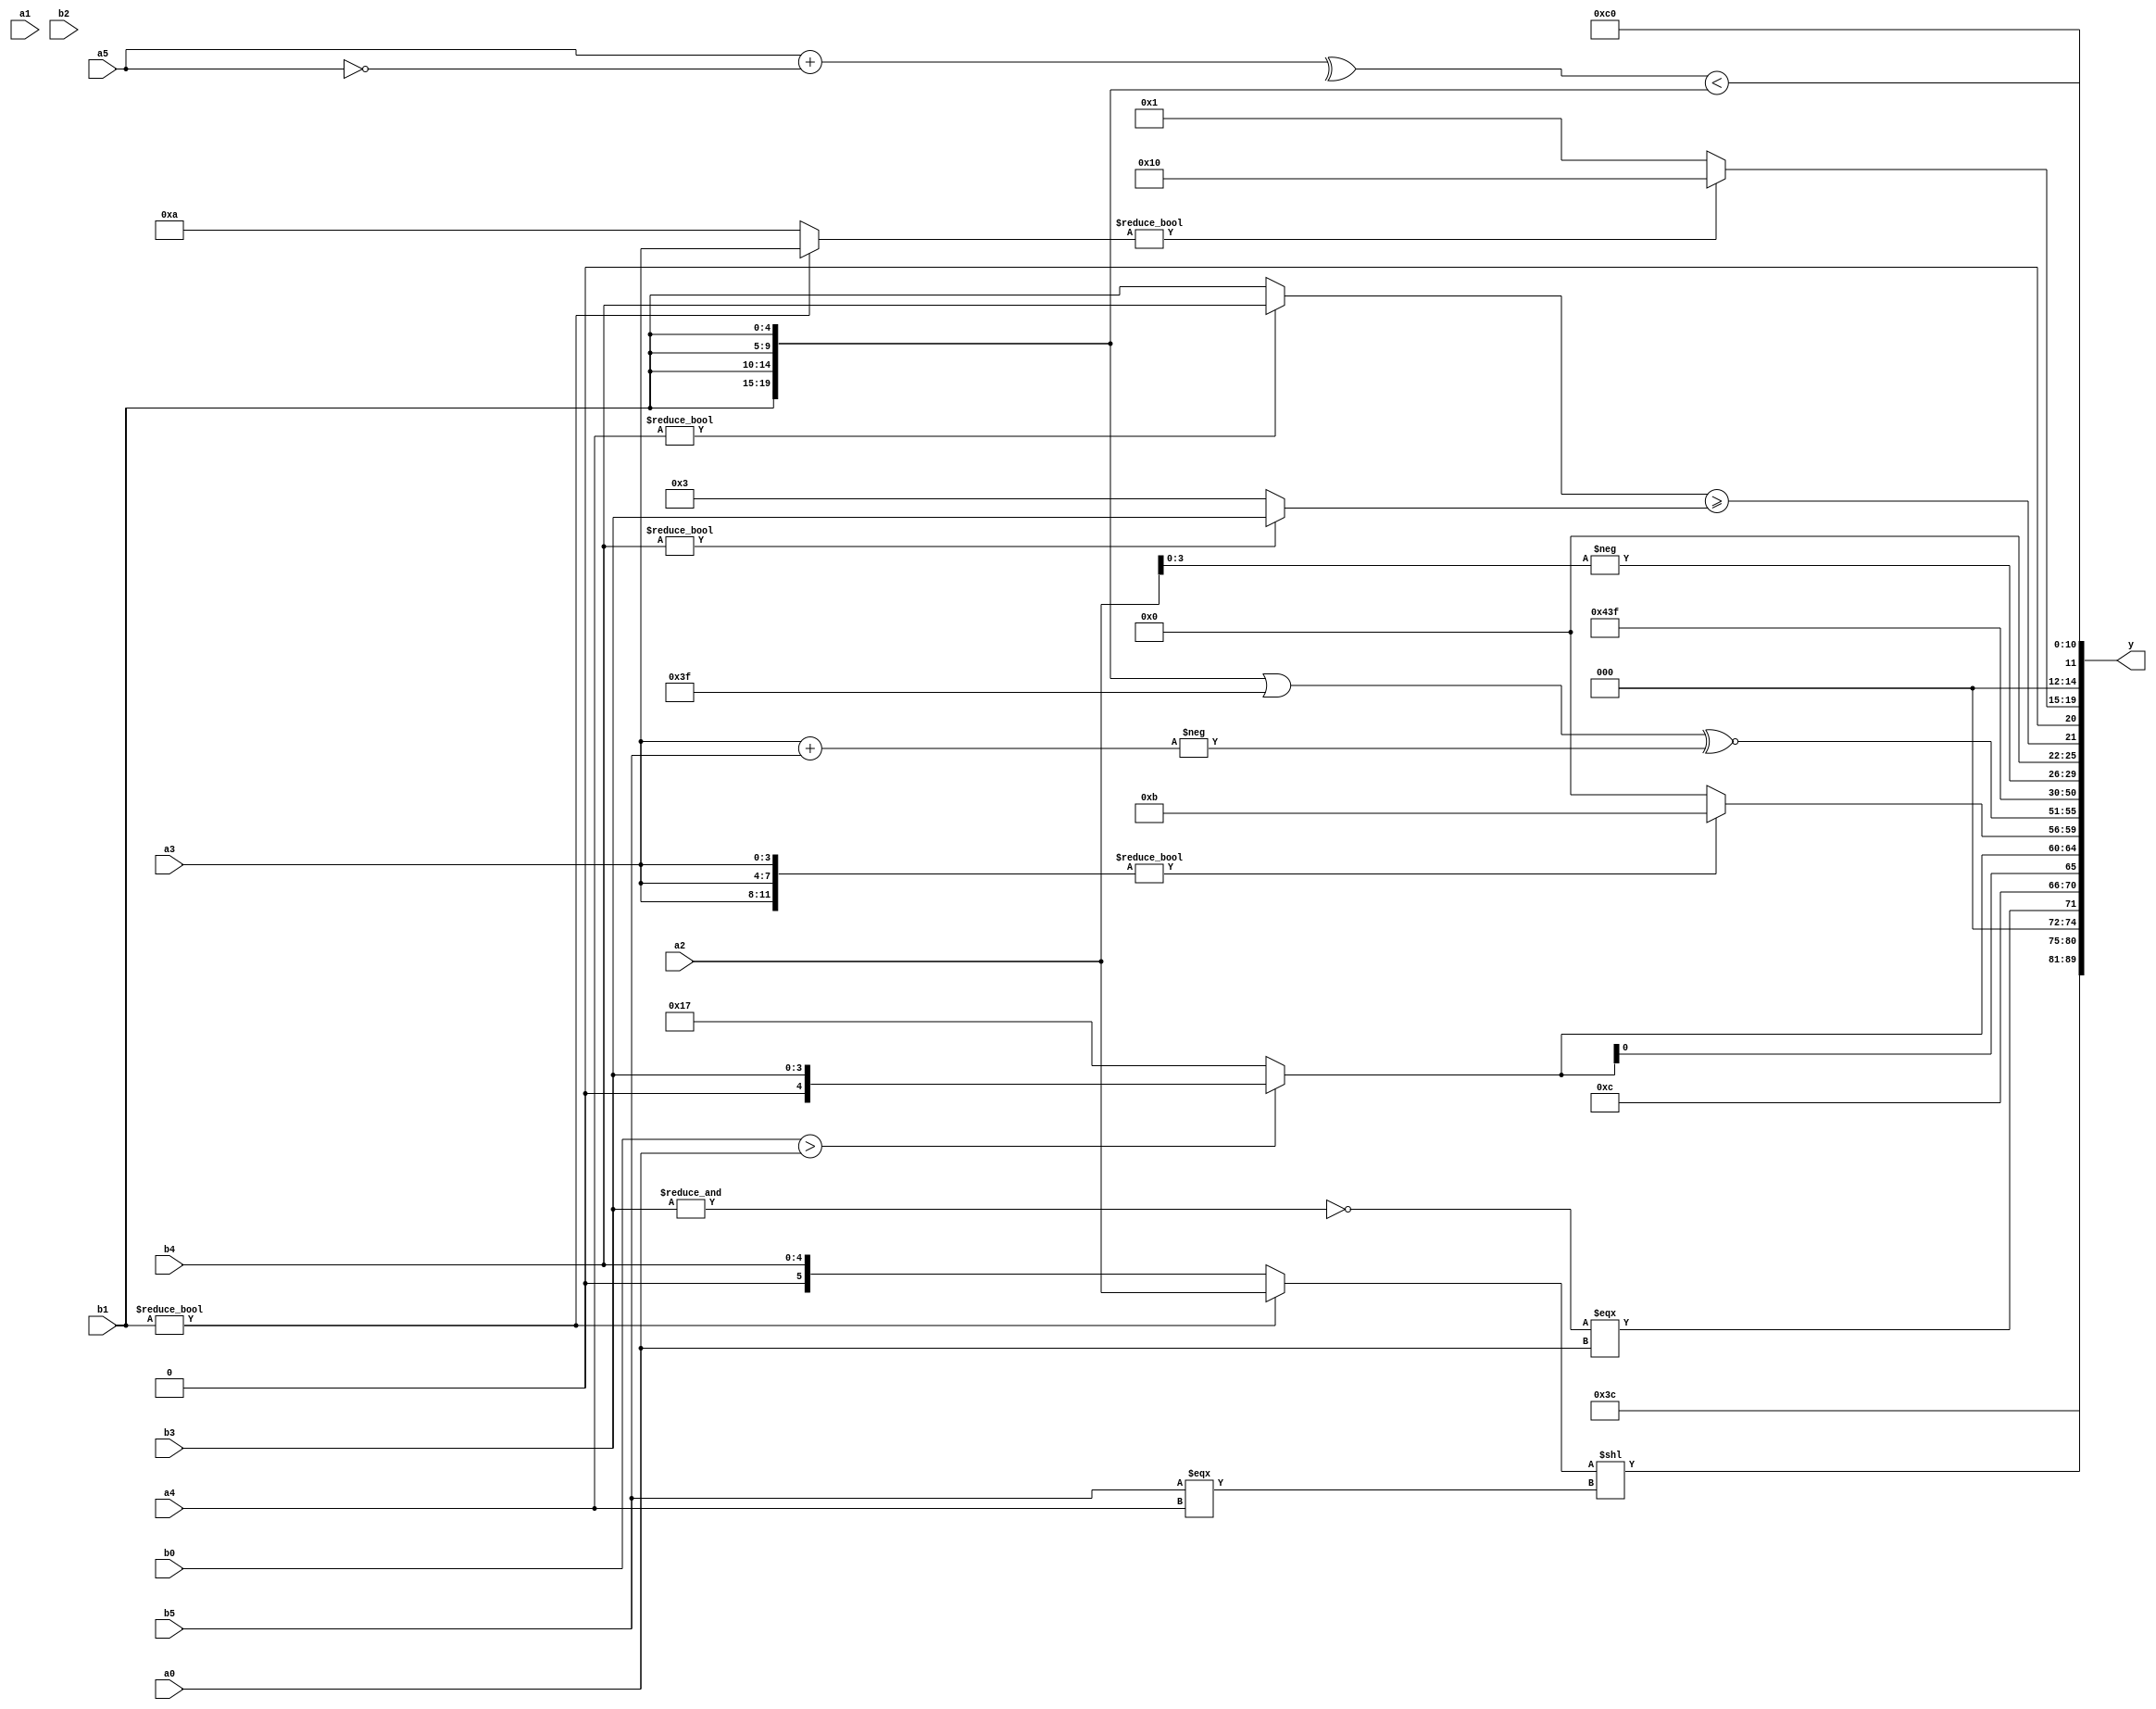
module expression_00766(a0, a1, a2, a3, a4, a5, b0, b1, b2, b3, b4, b5, y);
  input [3:0] a0;
  input [4:0] a1;
  input [5:0] a2;
  input signed [3:0] a3;
  input signed [4:0] a4;
  input signed [5:0] a5;

  input [3:0] b0;
  input [4:0] b1;
  input [5:0] b2;
  input signed [3:0] b3;
  input signed [4:0] b4;
  input signed [5:0] b5;

  wire [3:0] y0;
  wire [4:0] y1;
  wire [5:0] y2;
  wire signed [3:0] y3;
  wire signed [4:0] y4;
  wire signed [5:0] y5;
  wire [3:0] y6;
  wire [4:0] y7;
  wire [5:0] y8;
  wire signed [3:0] y9;
  wire signed [4:0] y10;
  wire signed [5:0] y11;
  wire [3:0] y12;
  wire [4:0] y13;
  wire [5:0] y14;
  wire signed [3:0] y15;
  wire signed [4:0] y16;
  wire signed [5:0] y17;

  output [89:0] y;
  assign y = {y0,y1,y2,y3,y4,y5,y6,y7,y8,y9,y10,y11,y12,y13,y14,y15,y16,y17};

  localparam [3:0] p0 = {(2'd0),{4{(-4'sd7)}},{(5'sd8),{(-4'sd1),(2'sd0),(4'sd4)},{2{(-4'sd5)}}}};
  localparam [4:0] p1 = (4'd2 * ((3'd6)-(3'd2)));
  localparam [5:0] p2 = (5'd21);
  localparam signed [3:0] p3 = (((2'd2)<<(-4'sd1))?((2'sd1)?(4'sd5):(5'sd1)):{(+(2'sd1))});
  localparam signed [4:0] p4 = ((5'd23)?(5'd9):(-2'sd1));
  localparam signed [5:0] p5 = ({((4'sd4)?(5'sd15):(3'd6)),((3'd2)?(5'd31):(5'd7)),(+(3'd1))}?(~&{(~|(2'sd0)),(~&(2'sd1))}):((~(2'd3))?(+(4'sd3)):((3'd7)?(-2'sd0):(2'd2))));
  localparam [3:0] p6 = ((~^(~^(5'd6)))?((5'sd4)?(3'sd1):(2'sd0)):(-(~^(3'd0))));
  localparam [4:0] p7 = (2'd0);
  localparam [5:0] p8 = ((^((4'sd2)<=(-2'sd1)))>((2'sd1)/(-4'sd7)));
  localparam signed [3:0] p9 = {{{(3'd3)},(3'd6),{(5'd7),(5'd13)}},(5'd2 * ((4'd14)-(5'd25)))};
  localparam signed [4:0] p10 = (~^(~^(~^((~|((~^(4'sd1))&&((3'd7)>>(3'd1))))==((~^(~&(-5'sd10)))>((5'd29)+(5'd28)))))));
  localparam signed [5:0] p11 = {2{(~&(-5'sd15))}};
  localparam [3:0] p12 = {{{((((-2'sd0)==(3'sd2))!==((5'd28)>=(-2'sd1)))===(4'd1))}}};
  localparam [4:0] p13 = (((5'd13)^~(4'sd2))|((3'sd0)<<(-3'sd2)));
  localparam [5:0] p14 = {1{{2{{(+(-2'sd1)),(^(-2'sd0)),{(3'd7),(4'd12),(5'd25)}}}}}};
  localparam signed [3:0] p15 = {1{({3{{(2'sd1),(2'd1),(4'sd1)}}}|{2{{3{(-5'sd12)}}}})}};
  localparam signed [4:0] p16 = {(~|{(-2'sd0),(-3'sd1)}),(&(!{(-4'sd3),(-4'sd5),(-5'sd1)}))};
  localparam signed [5:0] p17 = (~&(~(4'sd5)));

  assign y0 = (((p12?p9:p1)?(!p8):(p3?p10:p2))?((p4?p10:p14)?(~|p5):(p1?p4:p1)):((p16/p16)?(p16?p0:p3):(5'sd14)));
  assign y1 = (-5'sd4);
  assign y2 = ((b1?a2:b4)<<(b5===a4));
  assign y3 = (((4'd9)?((~&$signed(b3))===(a3?a0:a0)):((2'sd0)?(-p7):(p9*b4))));
  assign y4 = ((5'd12)<<(^(2'sd0)));
  assign y5 = {2{((b0>a0)?{1{b3}}:(5'd23))}};
  assign y6 = ({2{$signed({$unsigned(({3{a3}}?{p7,p9,p0}:{4{p5}}))})}});
  assign y7 = (({4{b1}}||(~p5))^~(-(a3+b5)));
  assign y8 = (&(4'd7));
  assign y9 = ((((p2==p5)/p11)^((~|(+p0))!=(~^(6'd2 * p0)))));
  assign y10 = $unsigned({1{{2{{2{{4{p13}}}}}}}});
  assign y11 = {4{(3'd7)}};
  assign y12 = (-({a5,p6}?{b4,a2}:(-a3)));
  assign y13 = $unsigned(((a4?b4:b1)>=(b4?b3:p11)));
  assign y14 = ((6'd2 * (p8>=p1))?((p16==p14)?(p0?p5:p2):(b1<=p4)):((b1?a3:p9)?(p2-p15):(p3&p14)));
  assign y15 = (&({1{(^((+a5)+(!a5)))}}<{1{{4{b1}}}}));
  assign y16 = (4'd3);
  assign y17 = (!p4);
endmodule